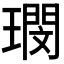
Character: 𭹺